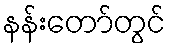
နန်းတော်တွင်